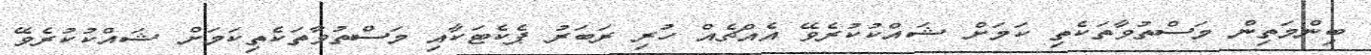
ބިންމަތިން މަސްތުވާތަކެތި ކަމަށް ޝައްކުކުރެވޭ އެއްޗެއް ހުރި ރަބަރު ޕެކެޓަކާއި މަސްތުވާތަކެތިކަމަށް ޝައްކުކުރެވޭ